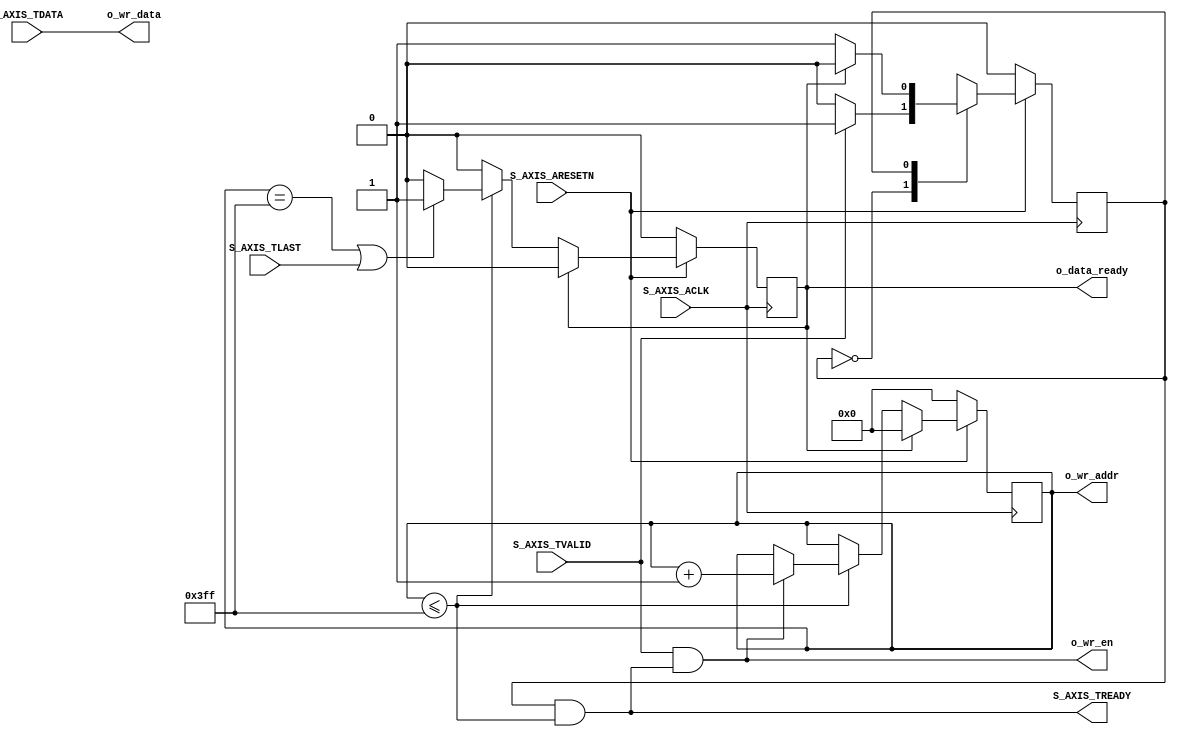

`timescale 1 ns / 1 ps

module vector_stream_alu_v1_0_S01_AXIS #
(
  // Users to add parameters here

  // User parameters ends
  // Do not modify the parameters beyond this line

  // AXI4Stream sink: Data Width
  parameter integer C_S_AXIS_TDATA_WIDTH	= 32,
  parameter integer C_S_AXIS_MAX_INPUT_WORDS = 1024,
  parameter integer MEM_ADDR_W               = clogb2(C_S_AXIS_MAX_INPUT_WORDS)
  )
  (
    // Users to add ports here
    output wire                                 o_wr_en,
    output wire [MEM_ADDR_W - 1:0]              o_wr_addr,
    output wire [C_S_AXIS_TDATA_WIDTH - 1:0]    o_wr_data,
    output wire                                 o_data_ready,

    // User ports ends
    // Do not modify the ports beyond this line

    // AXI4Stream sink: Clock
    input wire  S_AXIS_ACLK,
    // AXI4Stream sink: Reset
    input wire  S_AXIS_ARESETN,
    // Ready to accept data in
    output wire  S_AXIS_TREADY,
    // Data in
    input wire [C_S_AXIS_TDATA_WIDTH-1 : 0] S_AXIS_TDATA,
    // Indicates boundary of last packet
    input wire  S_AXIS_TLAST,
    // Data is in valid
    input wire  S_AXIS_TVALID
  );
  // function called clogb2 that returns an integer which has the 
  // value of the ceiling of the log base 2.
  function integer clogb2 (input integer bit_depth);
    begin
      for(clogb2=0; bit_depth>0; clogb2=clogb2+1)
        bit_depth = bit_depth >> 1;
    end
  endfunction

  //limit the number of input words
  localparam NUMBER_OF_INPUT_WORDS = C_S_AXIS_MAX_INPUT_WORDS;
  // Define the states of state machine
  // The control state machine oversees the writing of input streaming data to the mem,
  localparam [0:0] IDLE         = 1'b0;        // This is the initial/idle state 
  localparam [0:0] WRITE_MEM    = 1'b1; // In this state mem is written with the

  // input stream data S_AXIS_TDATA 
  wire  	axis_tready;
  // State variable
  reg mst_exec_state;  
  // mem write pointer
  reg [MEM_ADDR_W - 1:0] write_pointer;
  // sink has accepted all the streaming data and stored in mem
  reg writes_done;
  // I/O Connections assignments

  assign S_AXIS_TREADY	= axis_tready;
  // Control state machine implementation
  always @(posedge S_AXIS_ACLK) 
  begin  
    if (!S_AXIS_ARESETN) 
      // Synchronous reset (active low)
    begin
      mst_exec_state <= IDLE;
    end  
    else
      case (mst_exec_state)
        IDLE: 
          // The sink starts accepting tdata when 
          // there tvalid is asserted to mark the
          // presence of valid streaming data 
          if (S_AXIS_TVALID)
          begin
            mst_exec_state <= WRITE_MEM;
          end
          else
          begin
            mst_exec_state <= IDLE;
          end
          WRITE_MEM: 
            // When the sink has accepted all the streaming input data,
            // the interface swiches functionality to a streaming master
            if (writes_done)
            begin
              mst_exec_state <= IDLE;
            end
            else
            begin
              // The sink accepts and stores tdata 
              // into mem
              mst_exec_state <= WRITE_MEM;
            end

      endcase
  end
  // AXI Streaming Sink 
  // 
  // The example design sink is always ready to accept the S_AXIS_TDATA  until
  // the mem is not filled with NUMBER_OF_INPUT_WORDS number of input words.
  assign axis_tready = ((mst_exec_state == WRITE_MEM) && (write_pointer <= NUMBER_OF_INPUT_WORDS-1));

  // mem write enable generation
  assign o_wr_en        = S_AXIS_TVALID && axis_tready;
  assign o_wr_addr      = write_pointer;
  assign o_wr_data      = S_AXIS_TDATA;
  assign o_data_ready   = writes_done;
  always@(posedge S_AXIS_ACLK)
  begin
    if(!S_AXIS_ARESETN)
    begin
      write_pointer <= 0;
      writes_done <= 1'b0;
    end  
    else
    begin
      if (writes_done == 1'b1)
      begin
        writes_done     <= 1'b0;
        write_pointer   <= 0;
      end 
      else
      begin
        if (write_pointer <= NUMBER_OF_INPUT_WORDS-1)
        begin
          if (o_wr_en)
          begin
            // write pointer is incremented after every write to the mem
            // when mem write signal is enabled.
            write_pointer <= write_pointer + 1;
            writes_done <= 1'b0;
          end
          if ((write_pointer == NUMBER_OF_INPUT_WORDS-1)|| S_AXIS_TLAST)
          begin
            // reads_done is asserted when NUMBER_OF_INPUT_WORDS numbers of streaming data 
            // has been written to the mem which is also marked by S_AXIS_TLAST(kept for optional usage).
            writes_done <= 1'b1;
          end
        end
      end  
    end
  end


endmodule